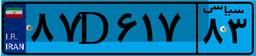
۵۶D۷۴۹۲۹